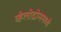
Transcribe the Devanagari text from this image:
व्हेलोद्रोममध्ये